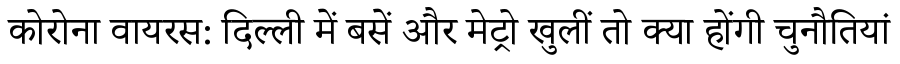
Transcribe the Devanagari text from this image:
कोरोना वायरस: दिल्ली में बसें और मेट्रो खुलीं तो क्या होंगी चुनौतियां